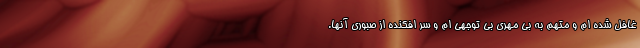
غافل شده ام و متهم به بی مهری بی توجهی ام و سر افکنده از صبوری آنها.